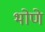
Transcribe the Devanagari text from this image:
भोणे